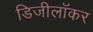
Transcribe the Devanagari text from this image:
डिजीलॉकर